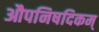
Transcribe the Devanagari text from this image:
औपनिषदिकम्